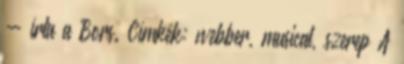
- írta a Bors. Címkék: webber, musical, szerep A